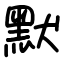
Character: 默